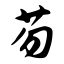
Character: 芴